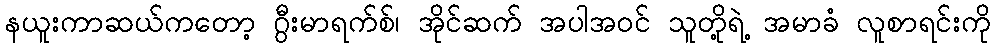
နယူးကာဆယ်ကတော့ ဂွီးမာရက်စ်၊ အိုင်ဆက် အပါအဝင် သူတို့ရဲ့ အမာခံ လူစာရင်းကို